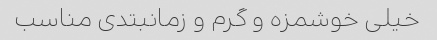
خیلی خوشمزه و گرم و زمانبتدی مناسب